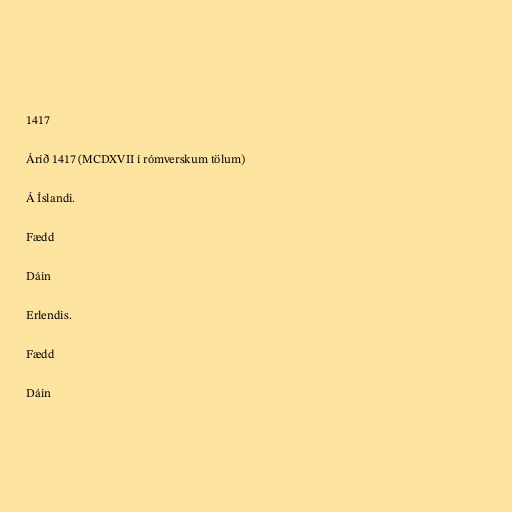
1417

Árið 1417 (MCDXVII í rómverskum tölum)

Á Íslandi.

Fædd

Dáin

Erlendis.

Fædd

Dáin